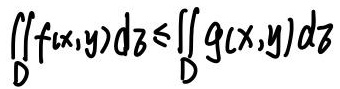
\[ \iint_D f(x,y) \, dz \leq \iint_D g(x,y) \, dz \]